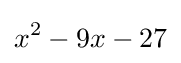
x^{2}-9x-27